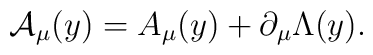
{\cal A}_{\mu }(y)=A_{\mu }(y)+\partial _{\mu }\Lambda (y) .